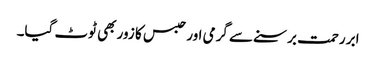
ابر رحمت برسنے سے گرمی اور حبس کا زور بھی ٹوٹ گیا۔